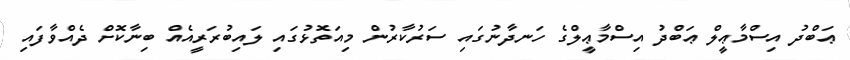
ޢަބްދު އިސްމާޢީލް ޢަބްދު އިސްމާޢީލްގެ ހަނދާނުގައި ސަރުކާރުން މިއަތޮޅުގައި ލައިބުރަރީއެއް ބިނާކޮށް ދެއްވާފައި